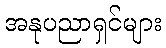
အနုပညာရှင်များ